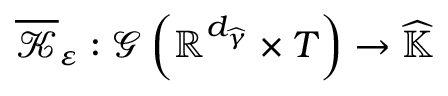
\overline { { \mathcal { K } } } _ { \varepsilon } : \mathcal { G } \left( \mathbb { R } ^ { d _ { \widehat { \gamma } } } \times T \right) \rightarrow \widehat { \mathbb { K } }